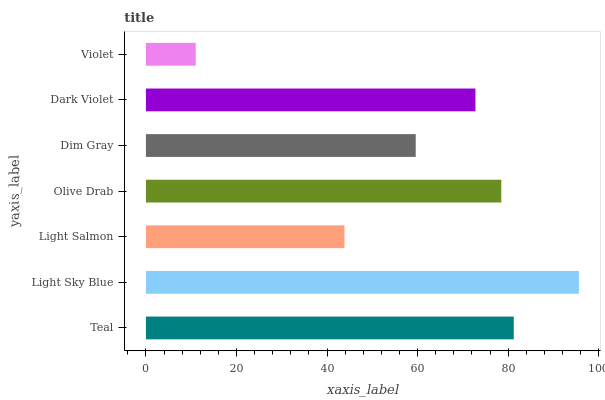
| yaxis_label | bars |
 | --- | --- |
 | Teal | 81.2 |
 | Light Sky Blue | 95.6 |
 | Light Salmon | 43.8 |
 | Olive Drab | 78.5 |
 | Dim Gray | 59.6 |
 | Dark Violet | 72.8 |
 | Violet | 11 |